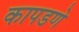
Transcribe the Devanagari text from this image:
कापडणे